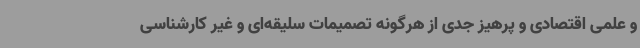
و علمی اقتصادی و پرهیز جدی از هرگونه تصمیمات سلیقه‌ای و غیر کارشناسی